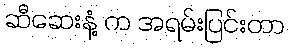
ဆီဆေးနံ့ က အရမ်းပြင်းတာ